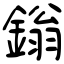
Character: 鎓